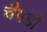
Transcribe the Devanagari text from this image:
चैपडों